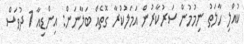
ކުއްލި ހާލަތު ނިމުމުން ސަރުކާރުން އަމަލުކުރާ ގޮތެއް ބަލާނަން: އިންޑިއާ 1 ދުވަސް